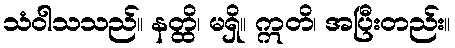
သံဝါသသည်။ နတ္ထိ၊ မရှိ။ ဣတိ၊ အပြီးတည်း။